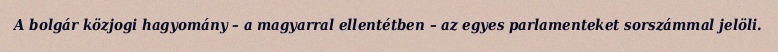
A bolgár közjogi hagyomány – a magyarral ellentétben – az egyes parlamenteket sorszámmal jelöli.